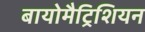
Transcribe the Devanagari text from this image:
बायोमैट्रिशियन